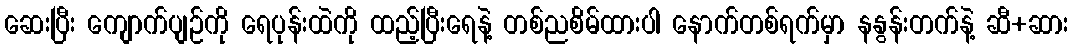
ဆေးပြီး ကျောက်ပျဉ်ကို ရေပုန်းထဲကို ထည့်ပြီးရေနဲ့ တစ်ညစိမ်ထားပါ နောက်တစ်ရက်မှာ နနွန်းတက်နဲ့ ဆီ+ဆား